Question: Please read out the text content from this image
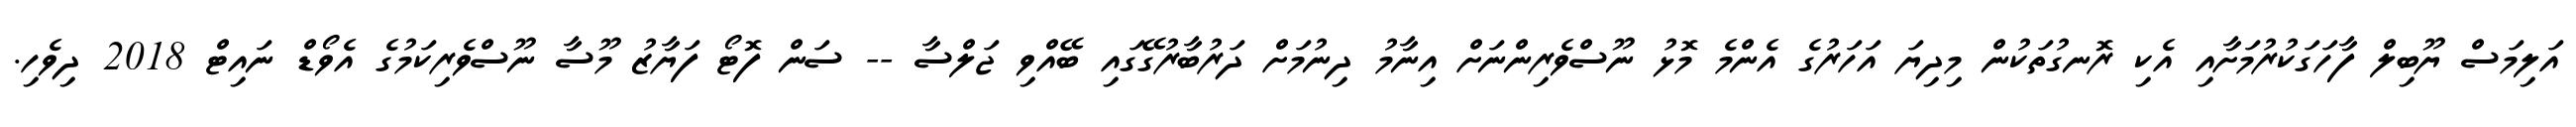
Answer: އަލިމަސް ޔޫބިލް ފާހަގަކުރުމަށާއި އެކި ރޮނގުތަކުން މިދިޔަ އަހަރުގެ އެންމެ މޮޅު ނޫސްވެރިންނަށް އިނާމު ދިނުމަށް ދަރުބާރުގޭގައި ބޭއްވި ޖަލްސާ -- ސަން ފޮޓޯ ފަޔާޒު މޫސާ ނޫސްވެރިކަމުގެ އެވޯޑް ނައިޓް 2018 ދިވެހި.